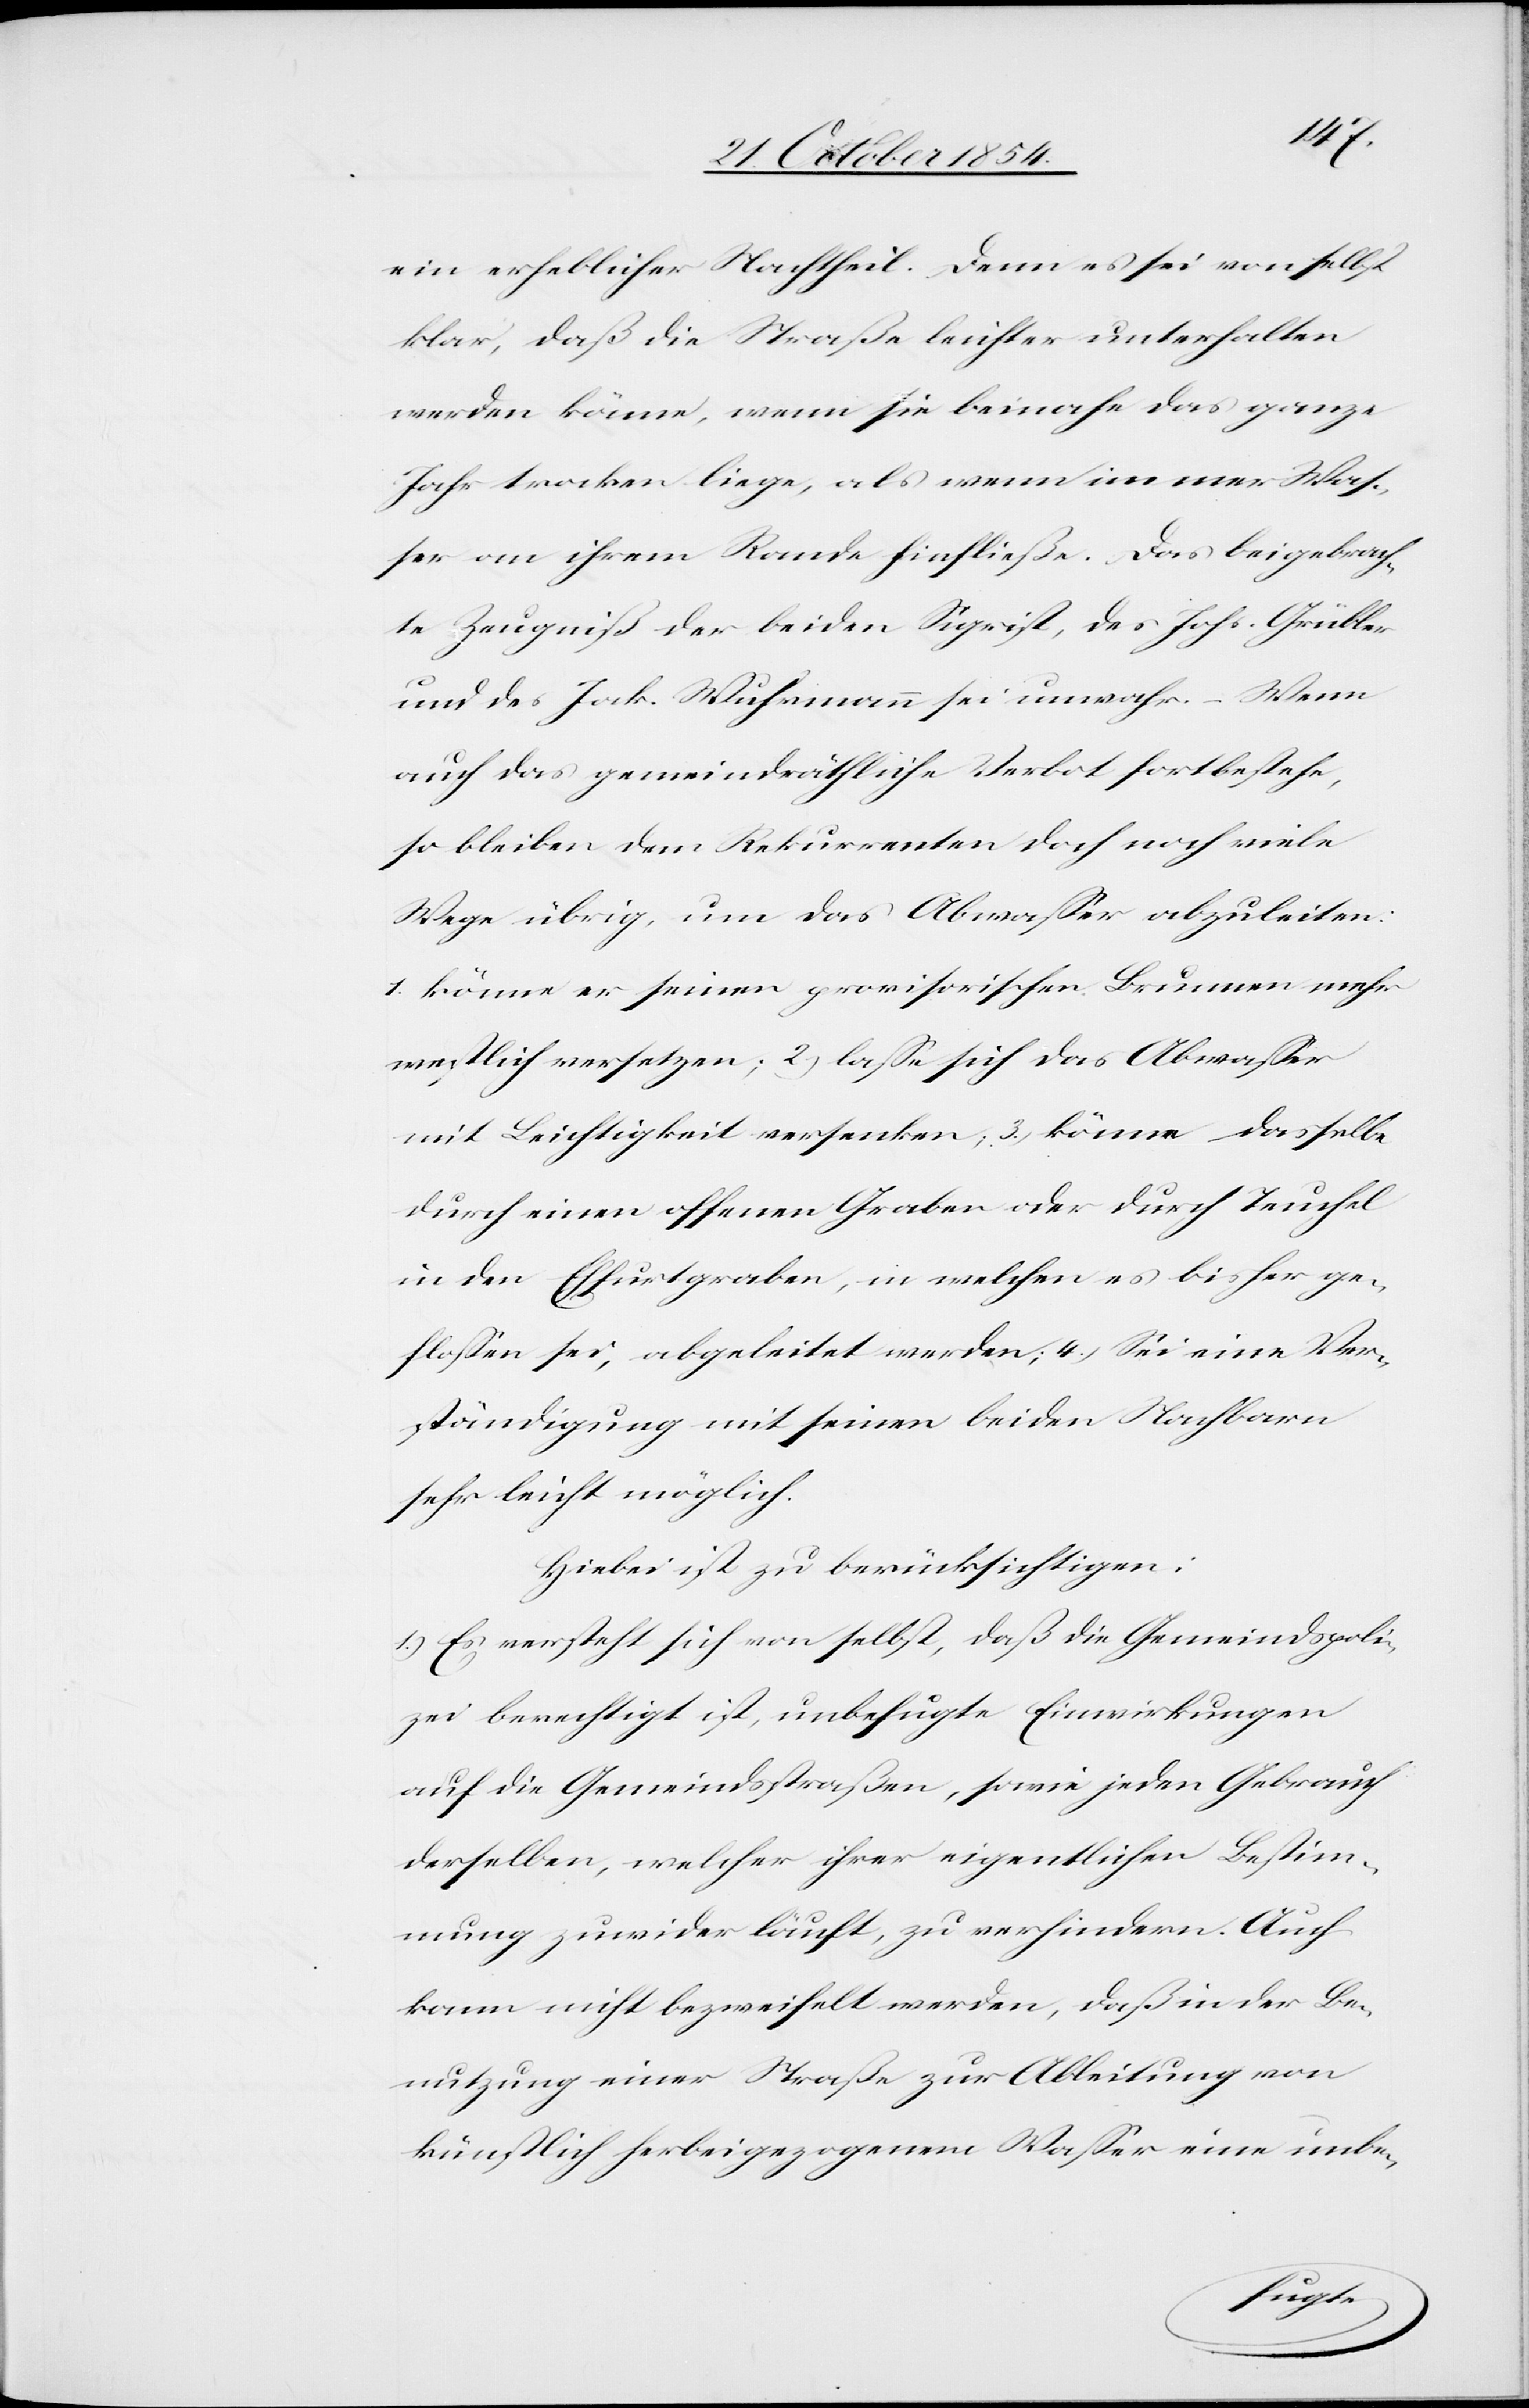
ein erheblicher Nachtheil. Denn es sei von selbst
klar, daß die Straße leichter unterhalten
werden könne, wenn sie beinahe das ganze
Jahr trocken liege, als wenn immer Was¬
ser an ihrem Rande hinfließe. Das beigebrach¬
te Zeugniß der beiden Sigrist, des Johs. Grübler
und des Jak. Wuhrmann sei unwahr. – Wenn
auch das gemeindräthliche Verbot fortbestehe,
so bleiben dem Rekurrenten doch noch viele
Wege übrig, um das Abwaßer abzuleiten.
1.[)] könne er seinen provisorischen Brunnen mehr
westlich versetzen; 2.) laße sich das Abwaßer
mit Leichtigkeit versenken, 3.) könne dasselbe
durch einen offenen Graben oder durch Teuchel
in den Effurtgraben, in welchen es bisher ge¬
floßen sei, abgeleitet werden; 4.) Sei eine Ver¬
ständigung mit seinen beiden Nachbarn
sehr leicht möglich.
Hiebei ist zu berücksichtigen:
1.) Es versteht sich von selbst, daß die Gemeindspoli¬
zei berechtigt ist, unbefugte Einwirkungen
auf die Gemeindsstraßen, sowie jeden Gebrauch
derselben, welcher ihrer eigentlichen Bestim¬
mung zuwieder läuft, zu verhindern. Auch
kann nicht bezweifelt werden, daß in der Be¬
nutzung einer Straße zur Ableitung von
künstlich herbeigezogenem Waßer eine unbe-